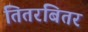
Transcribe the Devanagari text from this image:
तितरबितर